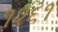
૧૨૬૧